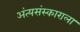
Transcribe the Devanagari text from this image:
अंत्यसंस्काराला